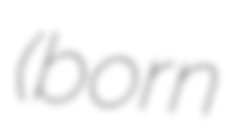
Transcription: (born